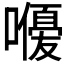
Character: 𭋨